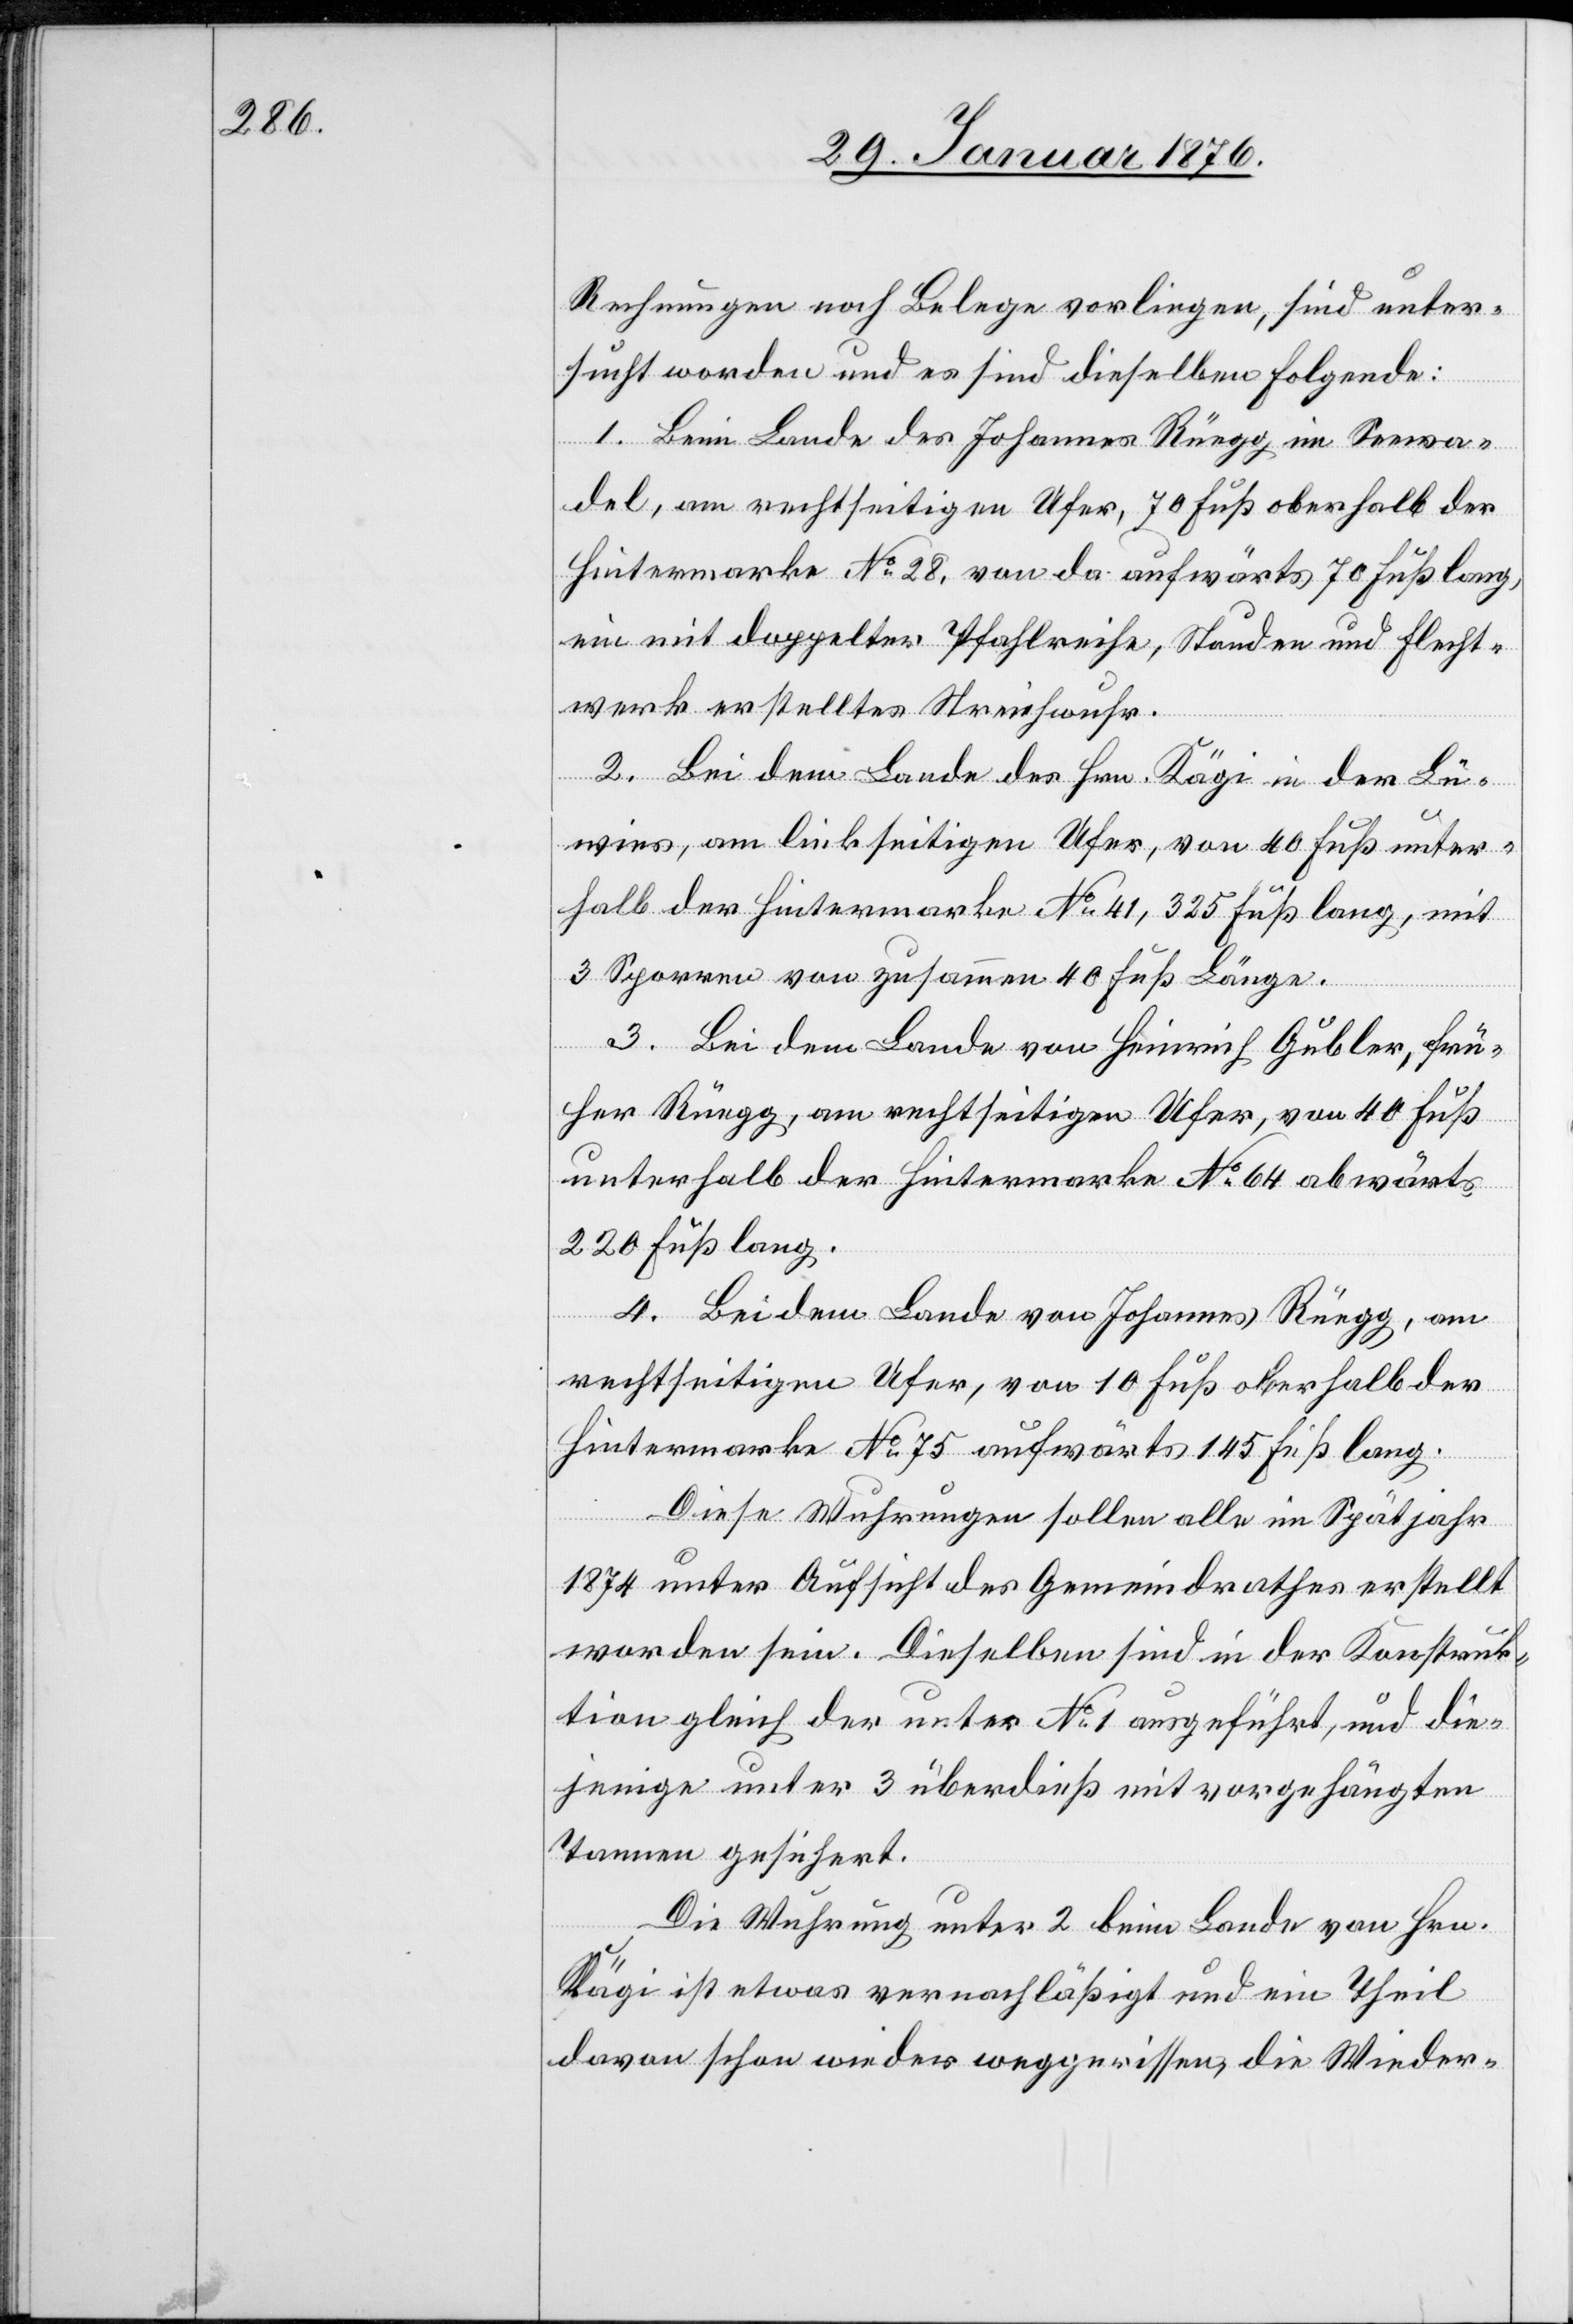
Rechnungen noch Belege vorliegen, sind unter¬
sucht worden und es sind dieselben Folgende:
1. Beim Lande des Johannes Rüegg im Seewa¬
del, am rechtseitigen Ufer, 70 Fuß oberhalb der
Hintermarke No. 28, von da aufwärts 70 Fuß lang,
ein mit doppelter Pfahlreihe, Stauden und Flecht¬
werk erstelltes Streichwuhr.
2. Bei dem Lande des Hrn. Kägi in dem Lü¬
wies, am linkseitigen Ufer, von 40 Fuß unter¬
halb der Hintermarke No. 41, 325 Fuß lang, mit
3 Sporren von zusammen 40 Fuß Länge.
3. Bei dem Lande von Heinrich Gubler, frü¬
her Rüegg, am rechtseitigen Ufer, von 40 Fuß
unterhalb der Hintermarke No. 64 abwärts
220 Fuß lang.
4. Bei dem Lande von Johannes Rüegg, am
rechtseitigen Ufer, von 10 Fuß oberhalb der
Hintermarke No. 75 aufwärts 145 Fuß lang.
Diese Wuhrungen sollen alle im Spätjahr
1874 unter Aufsicht des Gemeindrathes erstellt
worden sein. Dieselben sind in der Konstruk¬
tion gleich der unter No. 1 angeführt, und die¬
jenige unter 3 überdieß mit vorgehängten
Tannen gesichert.
Die Wuhrung unter 2 beim Lande von Hrn.
Kägi ist etwas vernachläßigt und ein Theil
davon schon wieder weggerissen, die Wieder-